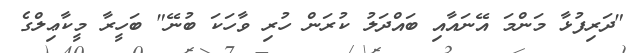
"ދަރިފުޅާ މަންމަ އޭނައާއި ބައްދަލު ކުރަން ހުރި ވާހަކަ ބުނޭ" ބަހީރާ މީކާޢިލްގެ